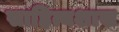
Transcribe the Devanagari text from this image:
साहित्यशास्र